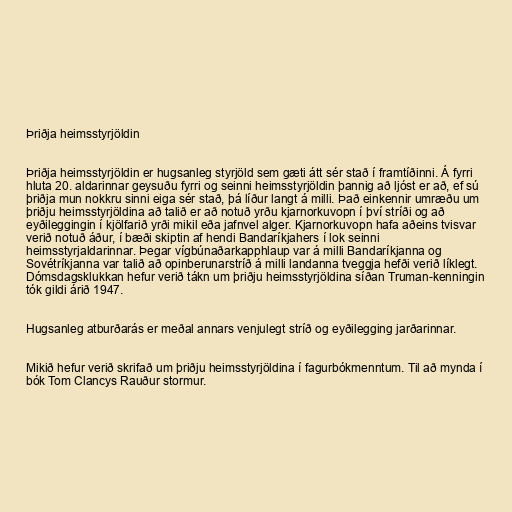
Þriðja heimsstyrjöldin

Þriðja heimsstyrjöldin er hugsanleg styrjöld sem gæti átt sér stað í framtíðinni. Á fyrri
hluta 20. aldarinnar geysuðu fyrri og seinni heimsstyrjöldin þannig að ljóst er að, ef sú
þriðja mun nokkru sinni eiga sér stað, þá líður langt á milli. Það einkennir umræðu um
þriðju heimsstyrjöldina að talið er að notuð yrðu kjarnorkuvopn í því stríði og að
eyðileggingin í kjölfarið yrði mikil eða jafnvel alger. Kjarnorkuvopn hafa aðeins tvisvar
verið notuð áður, í bæði skiptin af hendi Bandaríkjahers í lok seinni
heimsstyrjaldarinnar. Þegar vígbúnaðarkapphlaup var á milli Bandaríkjanna og
Sovétríkjanna var talið að opinberunarstríð á milli landanna tveggja hefði verið líklegt.
Dómsdagsklukkan hefur verið tákn um þriðju heimsstyrjöldina síðan Truman-kenningin
tók gildi árið 1947.

Hugsanleg atburðarás er meðal annars venjulegt stríð og eyðilegging jarðarinnar.

Mikið hefur verið skrifað um þriðju heimsstyrjöldina í fagurbókmenntum. Til að mynda í
bók Tom Clancys Rauður stormur.